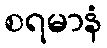
စရမာနံ